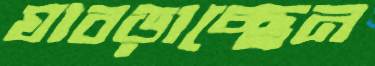
ঘাবড়াচ্ছেন